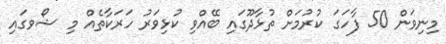
މިނިވަން 50 ފާހަގަ ކުރުމަށް ތުޅާދޫގައި ބޭއްވި ކުޅިވަރު ހަރަކާތެއް މި ޝޯވގައި